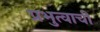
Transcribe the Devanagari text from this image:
प्रभुत्वाची